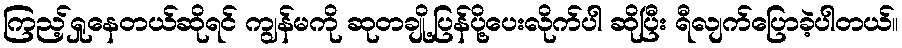
ကြည့်ရှုနေတယ်ဆိုရင် ကျွန်မကို ဆုတချို့ပြန်ပို့ပေးလိုက်ပါ ဆိုပြီး ရီလျက်ပြောခဲ့ပါတယ်။